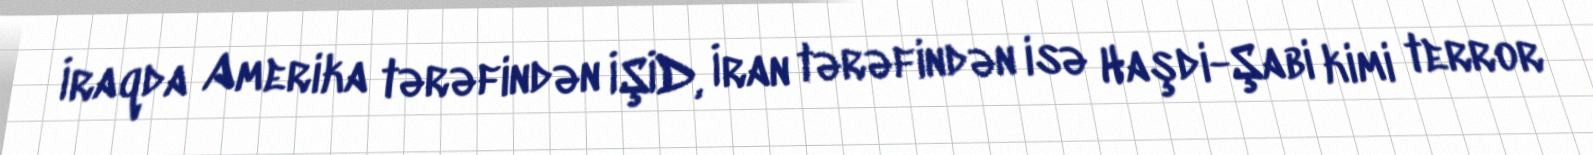
İraqda Amerika tərəfindən İŞİD, İran tərəfindən isə Haşdi-Şabi kimi terror